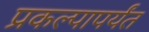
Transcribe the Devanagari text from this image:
प्रकल्पापर्यंत